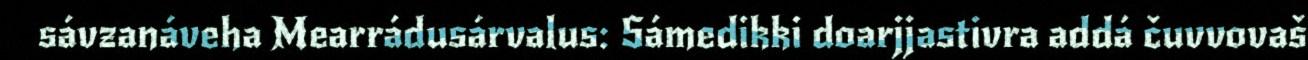
sávzanáveha Mearrádusárvalus: Sámedikki doarjjastivra addá čuvvovaš